Leaving Certificate Examination, 1914
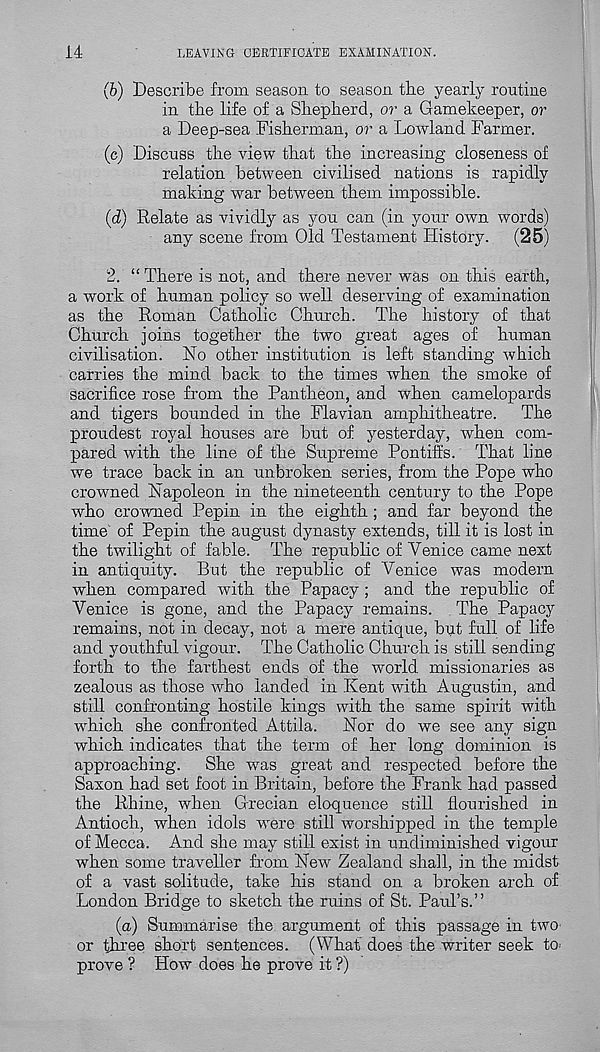
14
LEAVING CERTIFICATE EXAMINATION.
(b) Describe from season to season the yearly routine
in tie life of a Shepherd, or a Gamekeeper, or
a Deep-sea Fisherman, or a Lowland Farmer.
(c) Discuss the view that the increasing closeness of
relation between civilised nations is rapidly
making war between them impossible.
(d) Relate as vividly as you can (in your own words)
any scene from Old Testament History. (25)
2. “ There is not, and there never was on this earth,
a work of human policy so well deserving of examination
as the Roman Catholic Church. The history of that
Church joins together the two great ages of human
civilisation. No other institution is left standing which
carries the mind back to the times when the smoke of
sacrifice rose from the Pantheon, and when camelopards
and tigers bounded in the Flavian amphitheatre. The
proudest royal houses are but of yesterday, when com-
pared with the line of the Supreme Pontiffs. That line
we trace back in an unbroken series, from the Pope who
crowned Napoleon in the nineteenth century to the Pope
who crowned Pepin in the eighth ; and far beyond the
time of Pepin the august dynasty extends, till it is lost in
the twilight of fable. The republic of Venice came next
in antiquity. But the republic of Venice was modern
when compared with the Papacy ; and the republic of
Venice is gone, and the Papacy remains. The Papacy
remains, not in decay, not a mere antique, blit full of life
and youthful vigour. The Catholic Church is still sending
forth to the farthest ends of the world missionaries as
zealous as those who landed in Kent with Augustin, and
still confronting hostile kings with the same spirit with
which she confronted Attila. Nor do we see any sign
which indicates that the term of her long dominion is
approaching. She was great and respected before the
Saxon had set foot in Britain, before the Frank had passed
the Rhine, when Grecian eloquence still flourished in
Antioch, when idols were still worshipped in the temple
of Mecca. And she may still exist in undiminished vigour
when some traveller from New Zealand shall, in the midst
of a vast solitude, take his stand on a broken arch of
London Bridge to sketch the ruins of St. Paul’s.”
(a) Summarise the argument of this passage in two
or three short sentences. (What does the writer seek to-
prove ? How does he prove it ?)